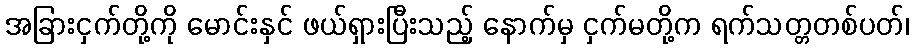
အခြားငှက်တို့ကို မောင်းနှင် ဖယ်ရှားပြီးသည့် နောက်မှ ငှက်မတို့က ရက်သတ္တတစ်ပတ်၊